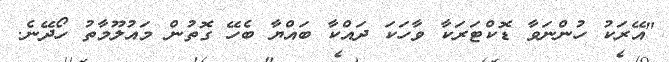
"އޭރަކު ހުންނަވާ ޑޮކްޓަރަކާ ވާހަކަ ދައްކާ ބައްޔާ ބެހޭ ގޮތުން މައުލޫމާތު ހޯދޭނެ.